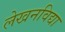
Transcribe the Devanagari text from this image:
लेखनविद्या